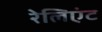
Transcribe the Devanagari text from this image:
रेलिएंट